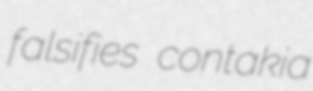
falsifies contakia